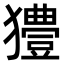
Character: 𤣁